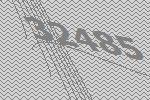
32485